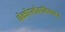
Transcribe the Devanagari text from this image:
चेकोस्लोवाकियाका